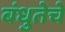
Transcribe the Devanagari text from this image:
बंधुतेचे